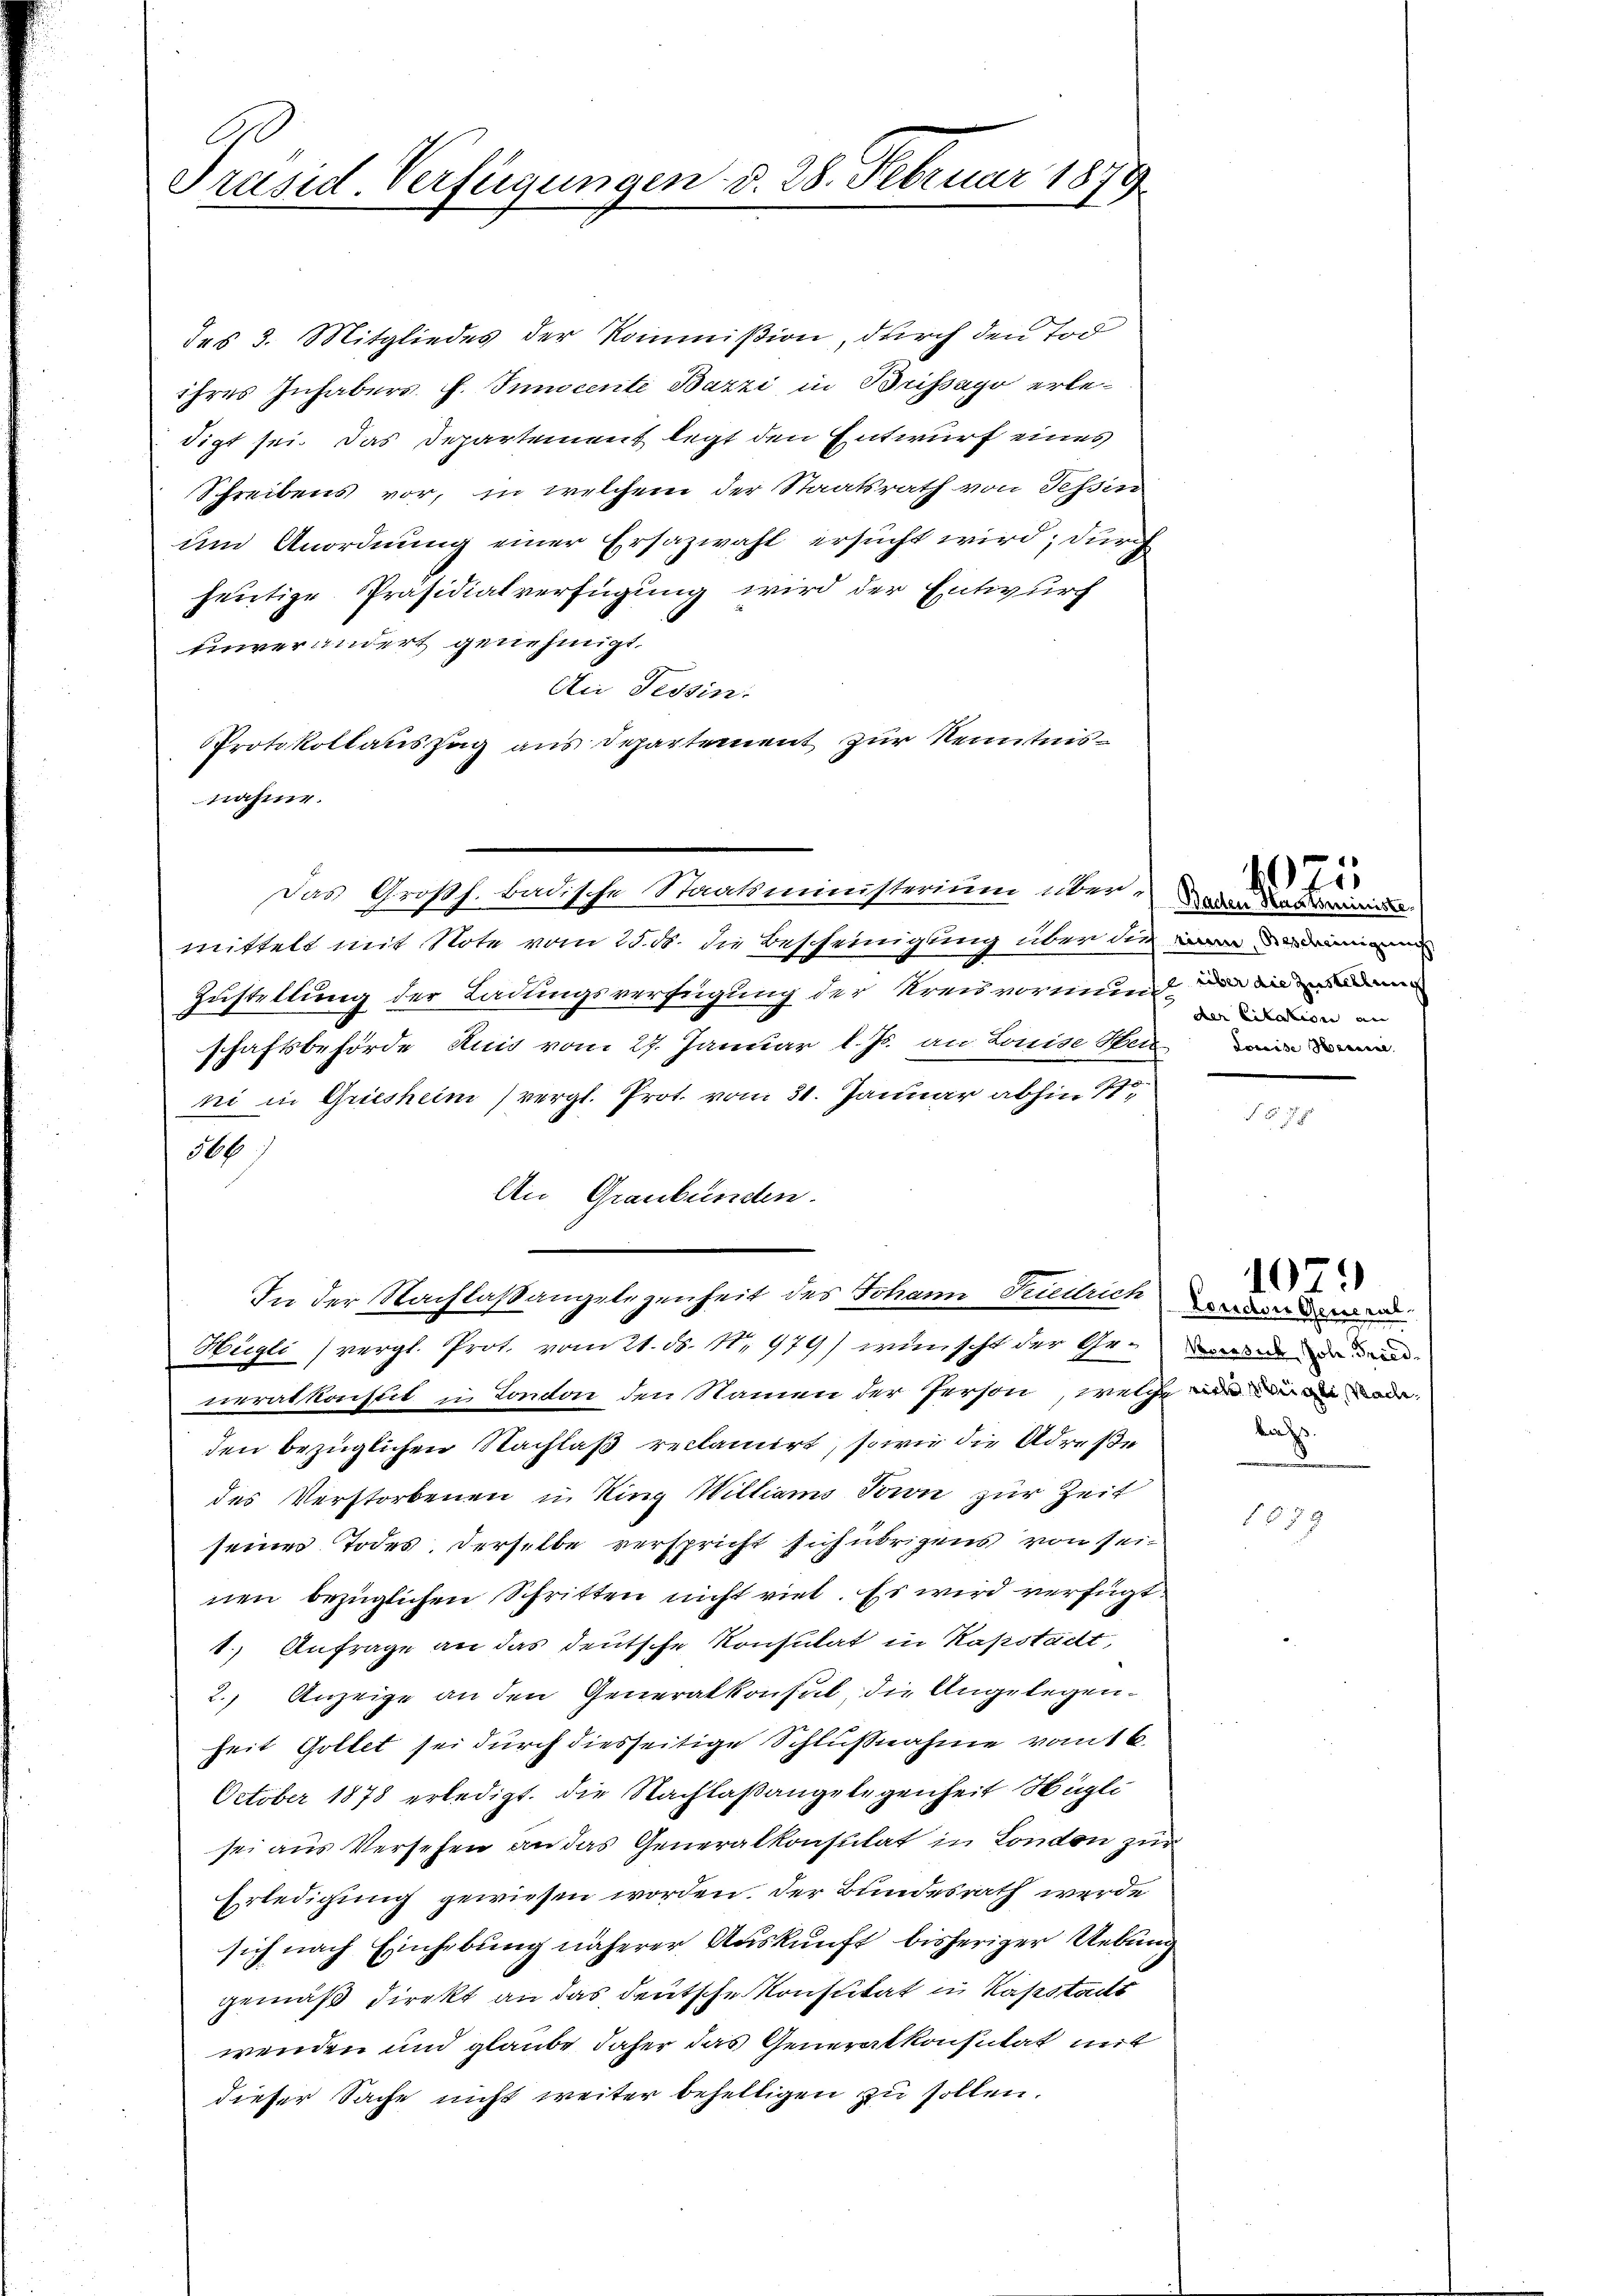
Präsid. Verfügungen d. 28. Februar 1879

des 3. Mitgliedes der Kommißion, durch den Tod
ihres Inhabers. f. Innocente Bazzi in Brissago erledigt sei. Das Departement legt den Entwurf eines
Schreibens vor, in welchem der Staatsrath von Tessin
um Anordnung einer Ersazwahl ersucht wird; durch
heutige Präsidialverfügung wird der Entwurf
uinverändert genehmigt.
An Tessin.
Protokollauszug aus Departement zur Kenntnismittelt mit Note vom 25. ds. die Bescheinigung über die
Zustellung der Ladungsverfügung der Kreis vormund
schaftsbehörde Auis vom 27. Januar l. Js. an Louise Stein
ni in Griesheim (vergl. Prot. vom 31. Januar abhin 11
36
An Graubünden.
In der Nachlaßangelegenheit des Johann Friedrich
Hügli (vergl. Prot. vom 21. ds. No. 979) wünscht der Generalsacht in Conton den Namen der Person, welche in der die war
den bezüglichen Nachlaß reclamirt, sowie die Adrese
des Verstorbenen in King Williams Tarn zur Zeit
seiner Todes, derselbe verspricht sich übrigens von seinen bezüglichen Schritten nicht viel. Es wird verfügt
1.) Anfrage an das deutsche Konsulat in Kapstadt,
2.) Anzeige an den Generalkonsul, die Angelegenheit Gottet sei durch diesseitige Schlußnahme vom 16.
October 1878 erledigt. Die Nachlaßangelegenheit Hügli
sei aus Versehen an das Generalkonsulat in London zur
Erledigung gewiesen worden. Der Bundesrath werde
sich nach Einhebung näherer Auskunft bisheriger Uebung
gemäß direkt an das deutsche Konsulat in Kasstadt
wenden und glaube daher das Generalkonsität mit
dieser Sache nicht weiter behaltigen zu sollen.

nahme.
Das Großh. Badische Staatsministerium über der das

der Citation an

.

f 8 x

London General-
Voversuch Joh. Frieda

1075

1079